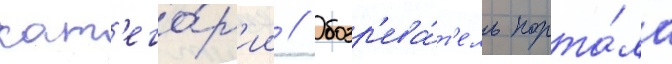
кат'его́р'ии // Обозр'ева́т'ель порта́ла